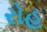
રોહ